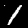
Label: 1